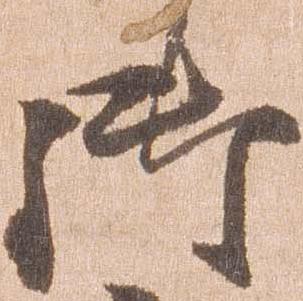
御